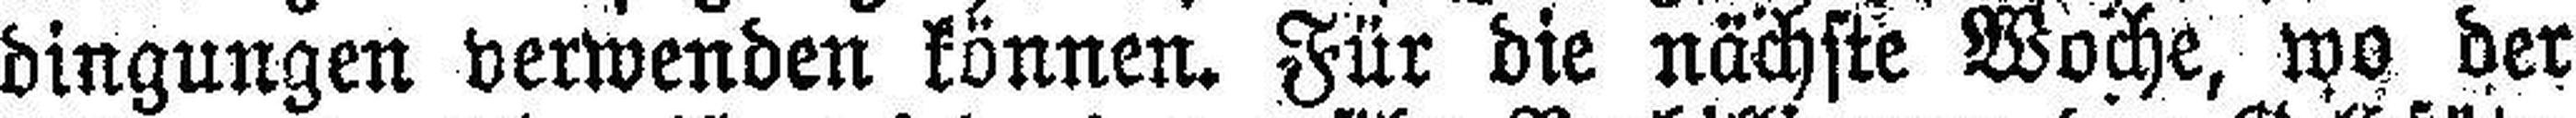
dingungen verwenden können. Für die nächste Woche, wo der